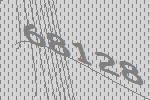
68128